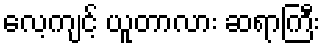
လေ့ကျင့် ယူတာလား ဆရာကြီး